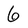
Character: 6